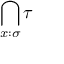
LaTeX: \bigcap _ { x : \sigma } \tau